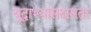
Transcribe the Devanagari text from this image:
युद्धाभ्यासक्षमता